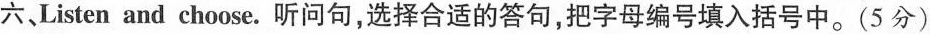
六、Listen and choose.听问句,选择合适的答句,把字母编号填入括号中。(5 分)